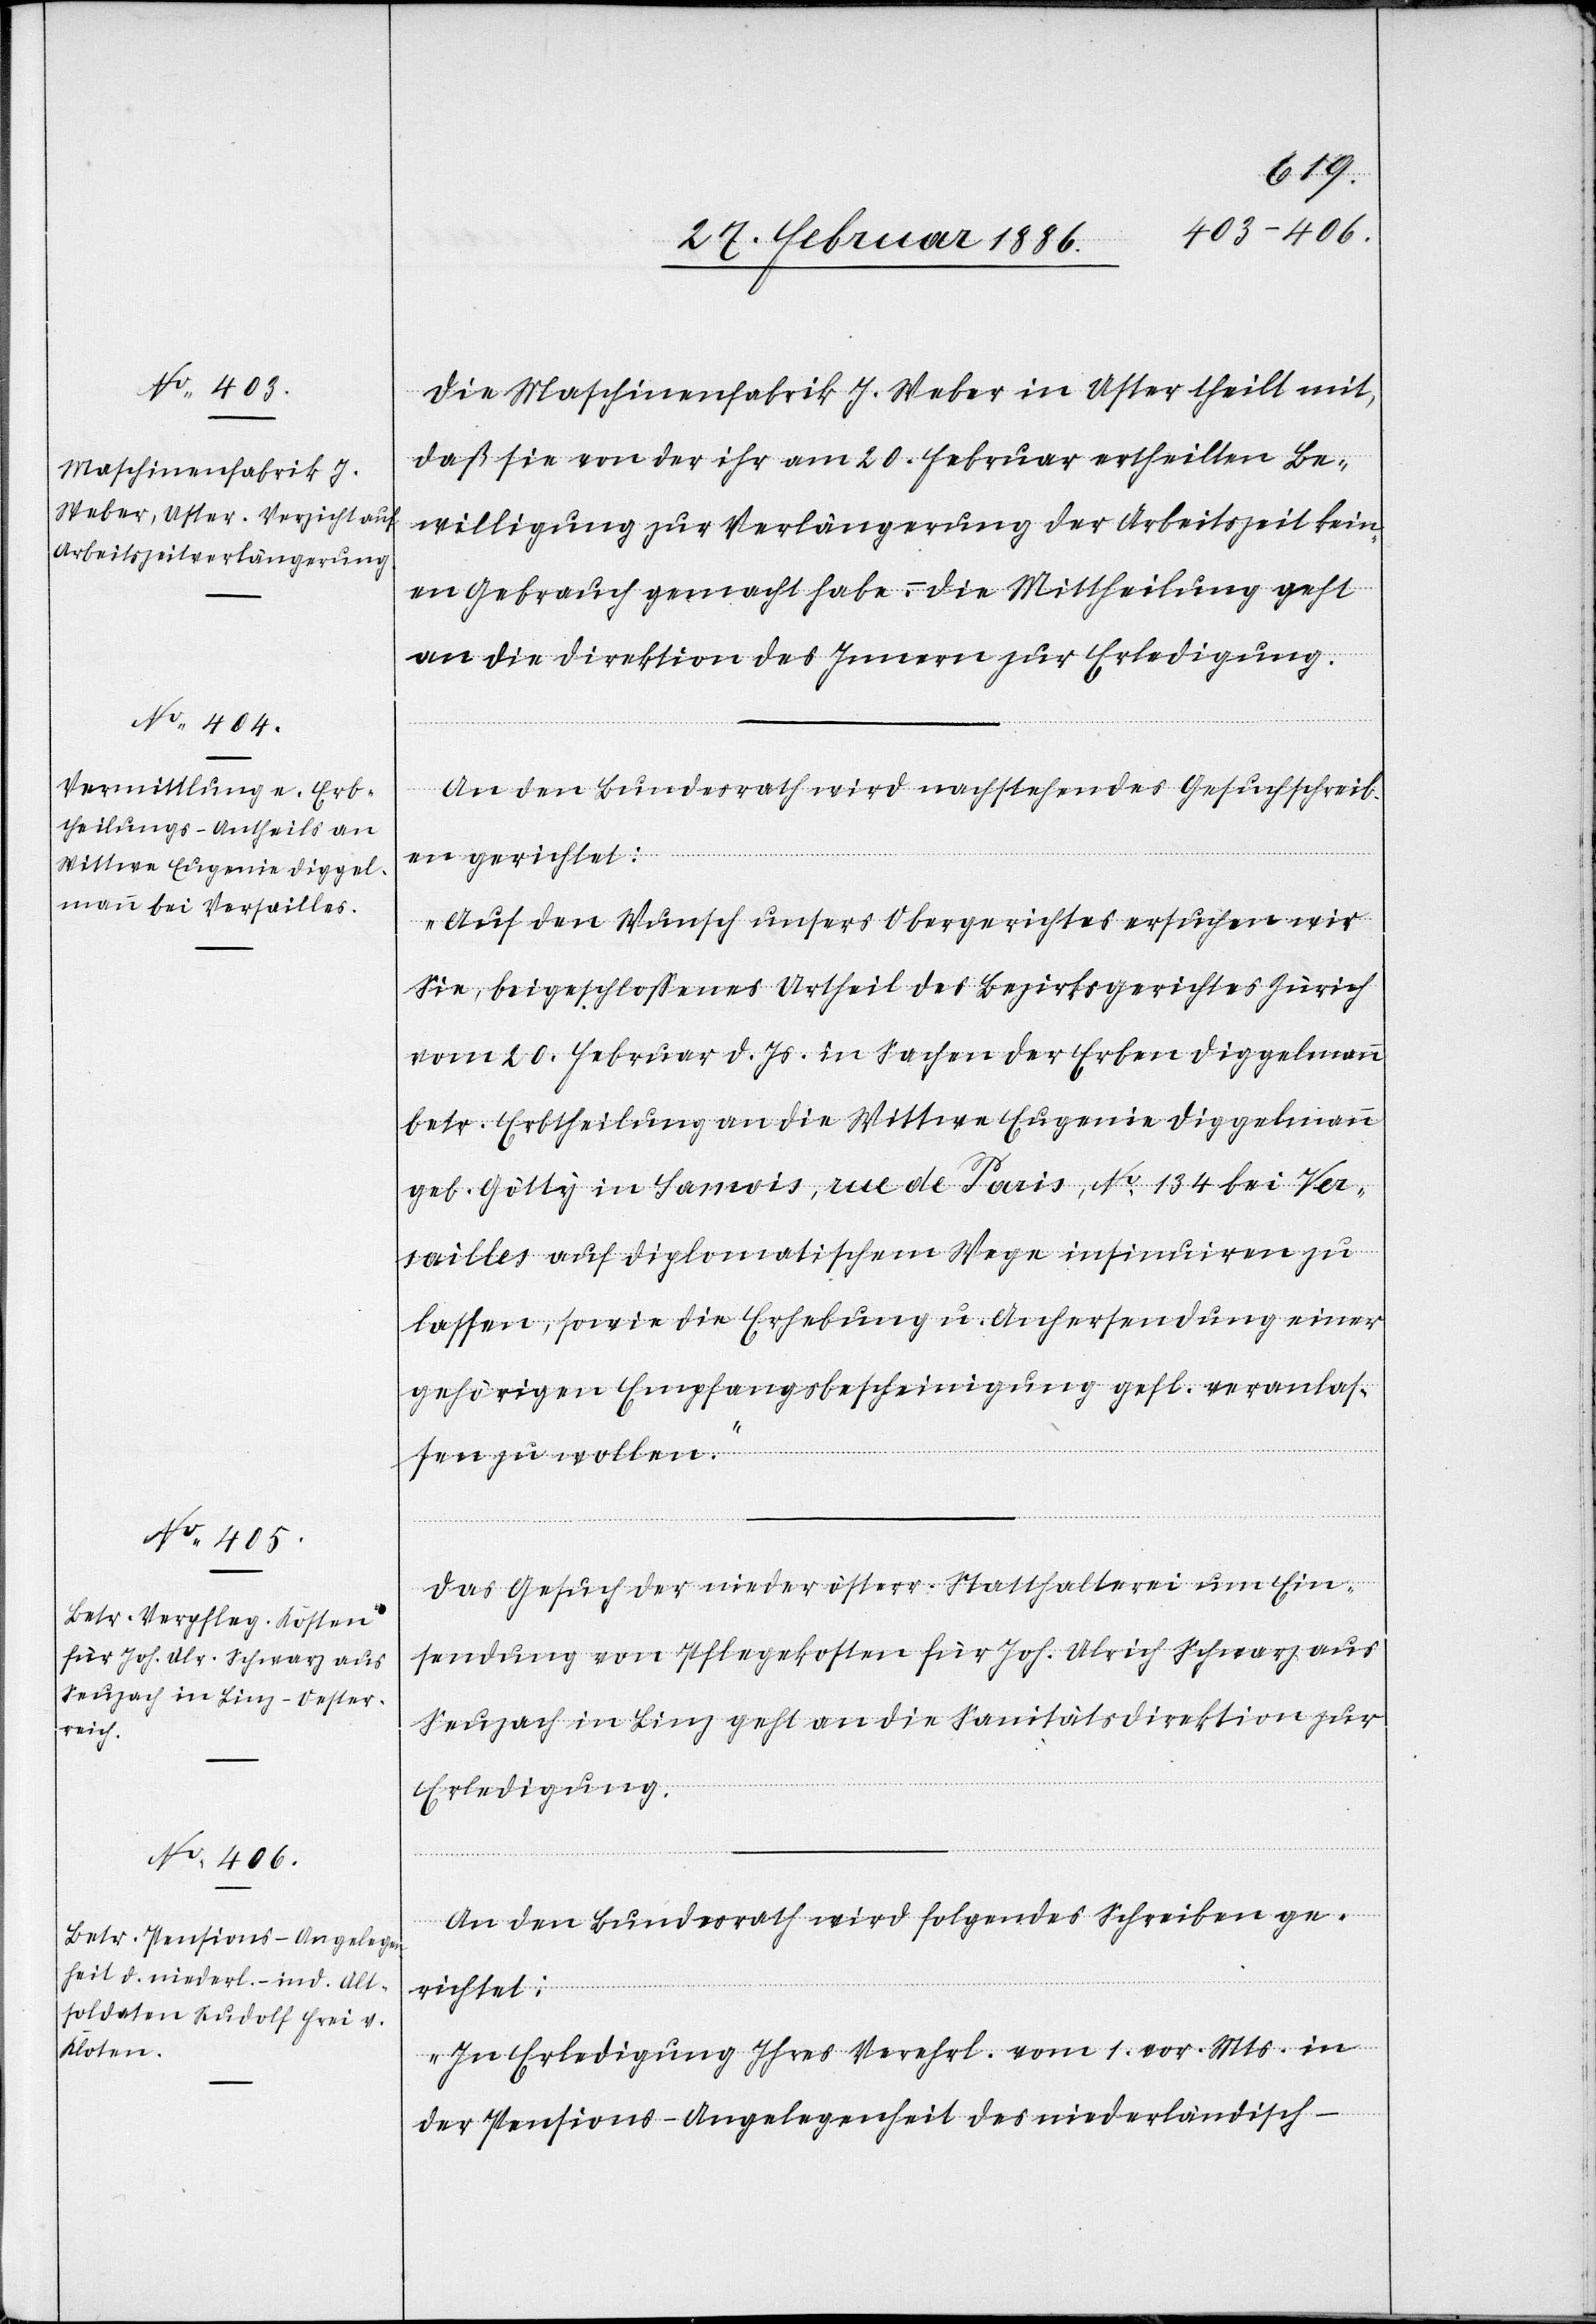
März 1886.]
Die Maschinenfabrik J. Weber in Uster theilt mit,
daß sie von der ihr am 20. Februar ertheilten Be¬
willigung zur Verlängerung der Arbeitszeit kein¬
en Gebrauch gemacht habe. – Die Mittheilung geht
an die Direktion des Innern zur Erledigung.
An den Bundesrath wird nachstehendes Gesuchsschreib¬
en gerichtet:
„Auf den Wunsch unsers Obergerichtes ersuchen wir
Sie, beigeschlossenes Urtheil des Bezirksgerichtes Zürich
vom 20. Februar d. Js. in Sachen der Erben Diggelmann
betr. Erbtheilung an die Wittwe Eugemine Diggelmann
geb. Götty in Samois, rue de Paris, No. 134 bei Ver¬
sailles auf diplomatischem Wege insinuiren zu
lassen, sowie die Erhebung u. Anhersendung einer
gehörigen Empfangsbescheinigung gefl. veranlas¬
sen zu wollen.“
Das Gesuch der niederösterr. Statthalterei um Ein¬
sendung von Pflegekosten für Joh. Ulrich Schwarz aus
Seuzach in Linz geht an die Sanitätsdirektion zur
Erledigung.
An den Bundesrath wird folgendes Schreiben ge¬
richtet:
„In Erledigung Ihres Verehrl. vom 1. vor. Mts. in
der Pensions-Angelegenheit des niederländisch-